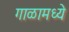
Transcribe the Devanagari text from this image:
गाळामध्ये